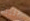
الليلة